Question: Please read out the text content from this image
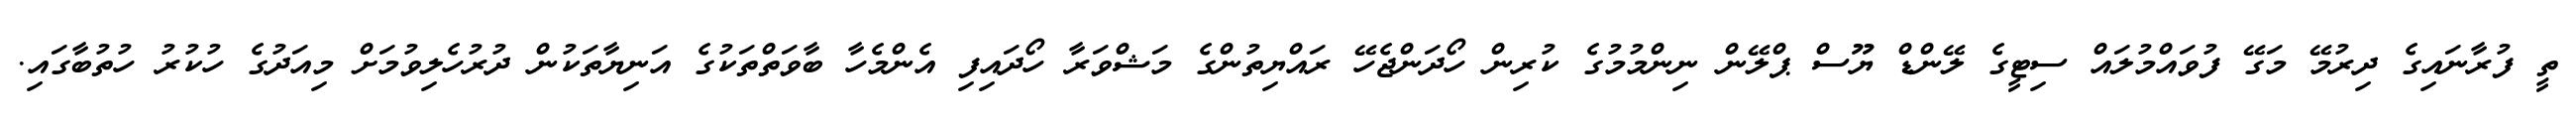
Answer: ތީ ފުރާނައިގެ ދިރުމޭ މަގޭ ފުވައްމުލައް ސިޓީގެ ލޭންޑް ޔޫސް ޕްލޭން ނިންމުމުގެ ކުރިން ހޯދަންޖެހޭ ރައްޔިތުންގެ މަޝްވަރާ ހޯދައިފި އެންމެހާ ބާވަތްތަކުގެ އަނިޔާތަކުން ދުރުހެލިވުމަށް މިއަދުގެ ހުކުރު ހުތުބާގައި.